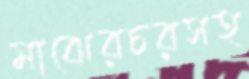
মাঝেরচরসহ